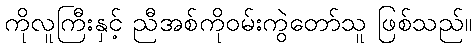
ကိုလူကြီးနှင့် ညီအစ်ကိုဝမ်းကွဲတော်သူ ဖြစ်သည်။